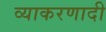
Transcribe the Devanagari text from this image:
व्याकरणादी